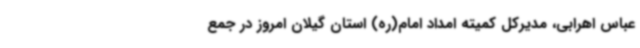
عباس اهرابی، مدیرکل کمیته امداد امام(ره) استان گیلان امروز در جمع